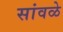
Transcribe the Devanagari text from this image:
सांवळे